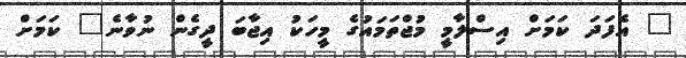
" އެފަދަ ކަމަށް އިސްލާމީ މުޖްތަމައުގެ މީހަކު އިޖާބަ ދީގެން ނުވާނެ" ކަމަށް